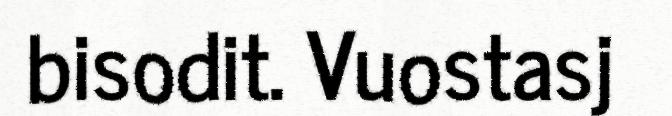
bisodit. Vuostasj